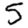
Digit: 5